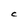
Character: C